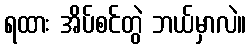
ရထား အိပ်စင်တွဲ ဘယ်မှာလဲ။